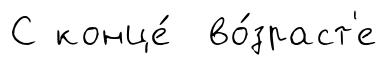
С конце́ во́зраст'е